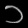
Digit: ၁